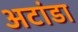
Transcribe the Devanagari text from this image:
अटांडा